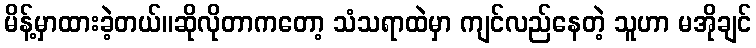
မိန့်မှာထားခဲ့တယ်။ဆိုလိုတာကတော့ သံသရာထဲမှာ ကျင်လည်နေတဲ့ သူဟာ မအိုချင်